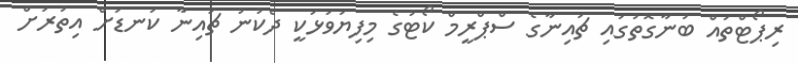
ރިޕޯޓްތައް ބުނާގޮތުގައި ޗައިނާގެ ސްޕްރީމް ކޯޓުގެ މިފިޔަވަޅަކީ ދެކުނު ޗައިނާ ކަނޑަށް އިތުރަށް